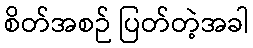
စိတ်အစဉ် ပြတ်တဲ့အခါ